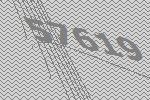
57619